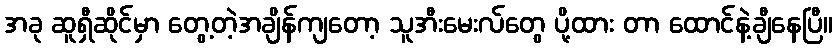
အခု ဆူရှီဆိုင်မှာ တွေ့တဲ့အချိန်ကျတော့ သူအီးမေးလ်တွေ ပို့ထား တာ ထောင်နဲ့ချီနေပြီ။